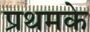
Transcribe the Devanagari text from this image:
प्रथमके